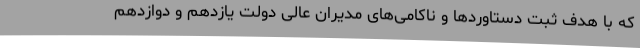
که با هدف ثبت دستاوردها و ناکامی‌های مدیران عالی دولت یازدهم و دوازدهم